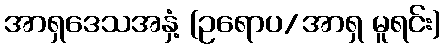
အာရှဒေသအနှံ့ (ဥရောပ/အာရှ မူရင်း)